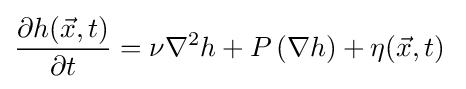
{\frac {\partial h({\vec {x}},t)}{\partial t}}=\nu \nabla ^{2}h+P\left(\nabla h\right)+\eta ({\vec {x}},t)\;